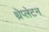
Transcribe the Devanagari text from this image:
थ्रेप्लेटन